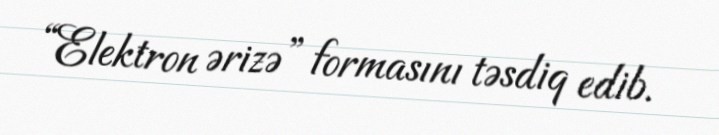
“Elektron ərizə” formasını təsdiq edib.